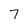
Character: 7